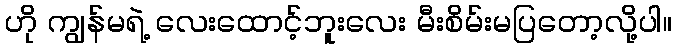
ဟို ကျွန်မရဲ့ လေးထောင့်ဘူးလေး မီးစိမ်းမပြတော့လို့ပါ။